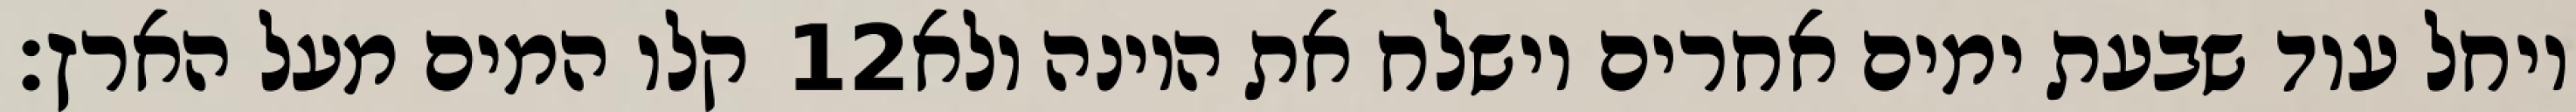
קלו המים מעל הארץ׃ ‎12‏ ויחל עוד שבעת ימים אחרים וישלח את היונה ולא